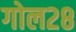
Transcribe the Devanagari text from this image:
गोल२८